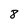
Character: 8